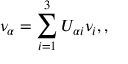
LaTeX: \nu _ { \alpha } = \sum _ { i = 1 } ^ { 3 } U _ { \alpha i } \nu _ { i } , ,